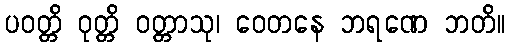
ပဝတ္တိ ဝုတ္တိ ဝတ္တာသု၊ ဝေတနေ ဘရဏေ ဘတိ။